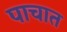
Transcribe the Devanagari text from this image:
पाचात